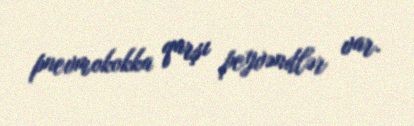
pnevmokokka qarşı peyvəndlər var.